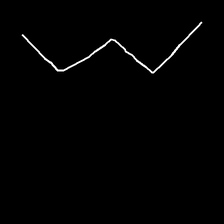
Glyph: crush